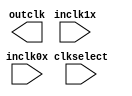

module CLK_SELECT (
	inclk1x,
	inclk0x,
	clkselect,
	outclk);	

	input		inclk1x;
	input		inclk0x;
	input		clkselect;
	output		outclk;
endmodule